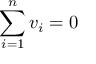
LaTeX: \sum _ { i = 1 } ^ { n } v _ { i } = 0